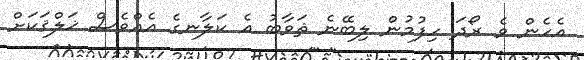
އެހެން ވެ ރޯދަ ހިފުމުން ލިބޭނެ ޘަވާބު އެ ކަލާނގެ އެއްވެސް ޚަލްޤަކަށް